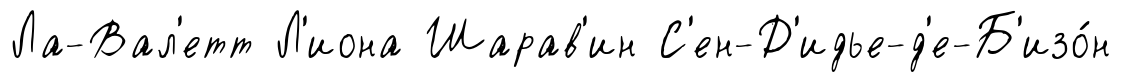
Ла-Вал'етт Л'иона Шарав'ин С'ен-Д'идье-д'е-Б'изо́н